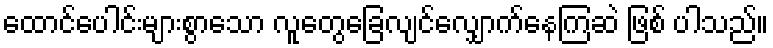
ထောင်ပေါင်းများစွာသော လူတွေခြေလျင်လျှောက်နေကြဆဲ ဖြစ် ပါသည်။